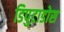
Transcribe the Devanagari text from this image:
डिपुटाडोस